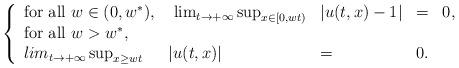
LaTeX: \begin{align*} \left\{\begin{array}{lllcl}\hbox{for all }w\in (0,w^*),& \ \lim_{t\to+\infty}\sup_{x\in [0,wt)}& |u(t,x)-1| &= & 0,\\\hbox{for all } w> w^*,& \\lim_{t\to+\infty} \sup_{x\geq wt} &|u(t,x)| &= & 0.\\\end{array}\right. \end{align*}